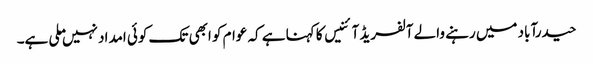
حیدرآباد میں رہنے والے آلفریڈ آئنیس کا کہنا ہے کہ عوام کو ابھی تک کوئی امداد نہیں ملی ہے۔